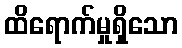
ထိရောက်မှုရှိသော